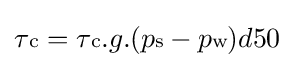
\tau {\scriptstyle {\text{c}}}=\tau {\scriptstyle {\text{c}}}.g.(p{\scriptstyle {\text{s}}}-p{\scriptstyle {\text{w}}})d50